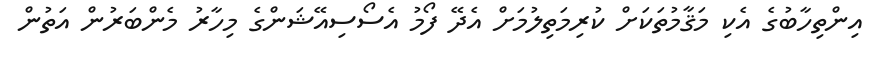
އިންތިހާބުގެ އެކި މަޤާމުތަކަށް ކުރިމަތިލުމަށް އެދޭ ފޯމު އެސޯސިއޭޝަންގެ މިހާރު މެންބަރުން އަތުން